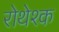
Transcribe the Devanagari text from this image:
रोथेश्क